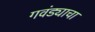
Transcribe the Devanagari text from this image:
गवंड्याचा